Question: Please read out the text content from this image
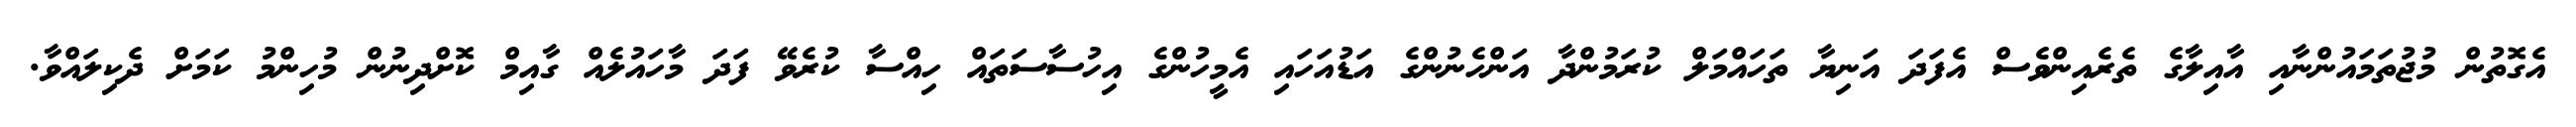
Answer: އެގޮތުން މުޖުތަމައުންނާއި އާއިލާގެ ތެރެއިންވެސް އެފަދަ އަނިޔާ ތަހައްމަލް ކުރަމުންދާ އަންހެނުންގެ އަޑުއަހައި އެމީހުންގެ އިހުސާސަތައް ހިއްސާ ކުރެވޭ ފަދަ މާހައުލެއް ގާއިމް ކޮށްދިނުން މުހިންމު ކަމަށް ދެކިލައްވާ.